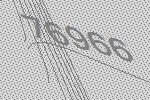
76966